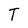
Character: T